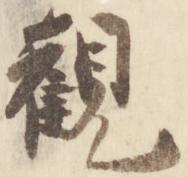
観